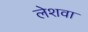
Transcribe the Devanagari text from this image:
लेशवा